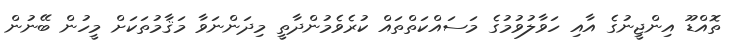
ތޮއްޑޫ އިންޖީނުގެ އާއި ހަވާލުވުމުގެ މަސައްކަތްތައް ކުރެވެމުންދާތީ މިދަންނަވާ މަޤާމުތަކަށް މީހުން ބޭނުން